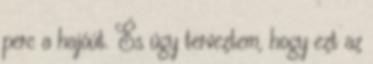
perc a hajóút. És úgy terveztem, hogy ezt az